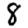
Digit: 8